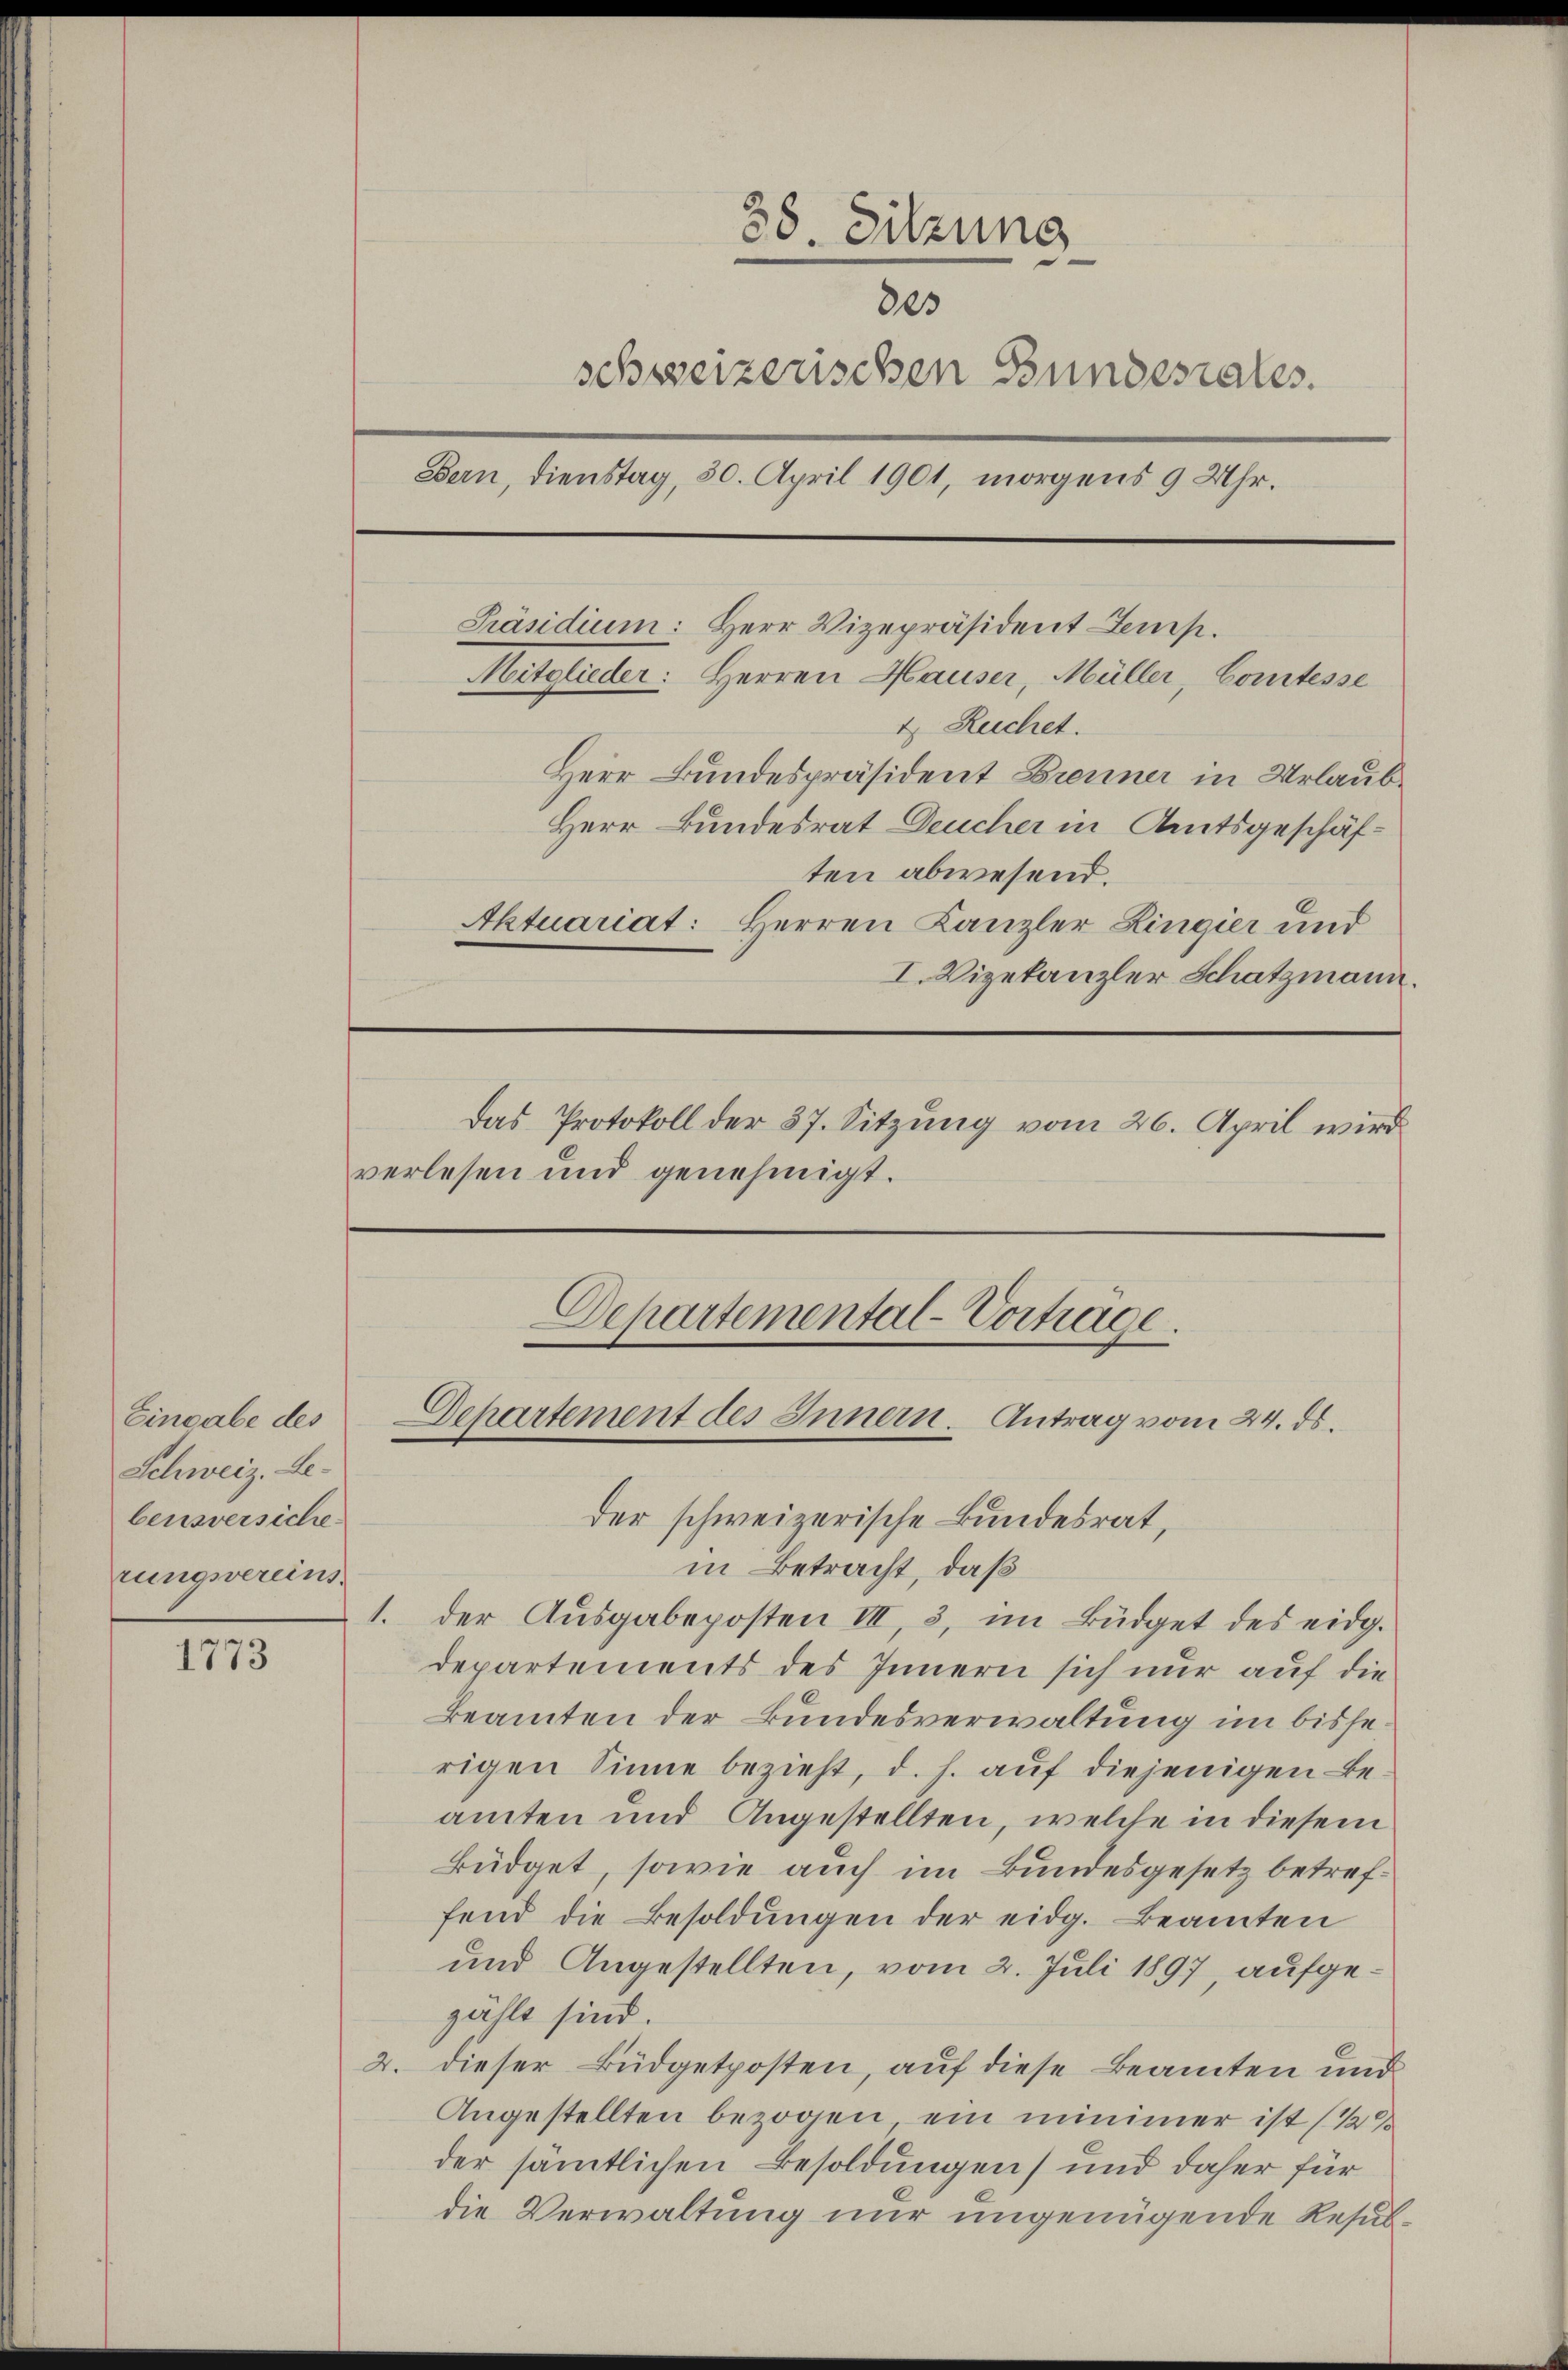
Eingabe des
Schweiz. Lebensversiche
rungsvereins.

1773

38. Sitzung
803
schweizerischen Bundesrates.
Präsidium: Herr Vizepräsident Lemp.
Mitglieder: Herren Hauser, Müller, Comtesse
1 Ruchet.
Herr Bundespräsident Brenner in Urlaub¬
Herr Bundesrat Deucher in Amtsgeschäften abwesend.
Aktuariat: Herren Kanzler Lingier und
I. Vizekanzler Schatzmann.
Das Protokoll der 37. Sitzung vom 26. April wird
verlesen und genehmigt.

Bern, dienstag, 30. April 1901, morgens 9 Uhr.

Departemental-Vortrage.
Departement des Innern. Antrag vom 24. ds.
der schweizerische Bundesrat,

in Betracht, daß
1. der Ausgabeposten III, 3, im Büdget des eidg.
departements des Innern sich nur auf die
Beamten der Bundesverwaltung im bisserigen Sinne bezieht, d. h. auf diejenigen Beamten und Angestellten, welche in diesem
Büdget, sowie auch im Bundesgesetz betreffend die Besoldungen der eidg. Beamten
und Angestellten, vom 2. Juli 1897, aufgezählt sind.
2. dieser Büdgetposten, auf diese Beamten und
Angestellten bezogen, ein nimmer ist (129
der sämmtlichen Besoldungen) und daher für
die Verwaltung nur ungenügende Resul¬